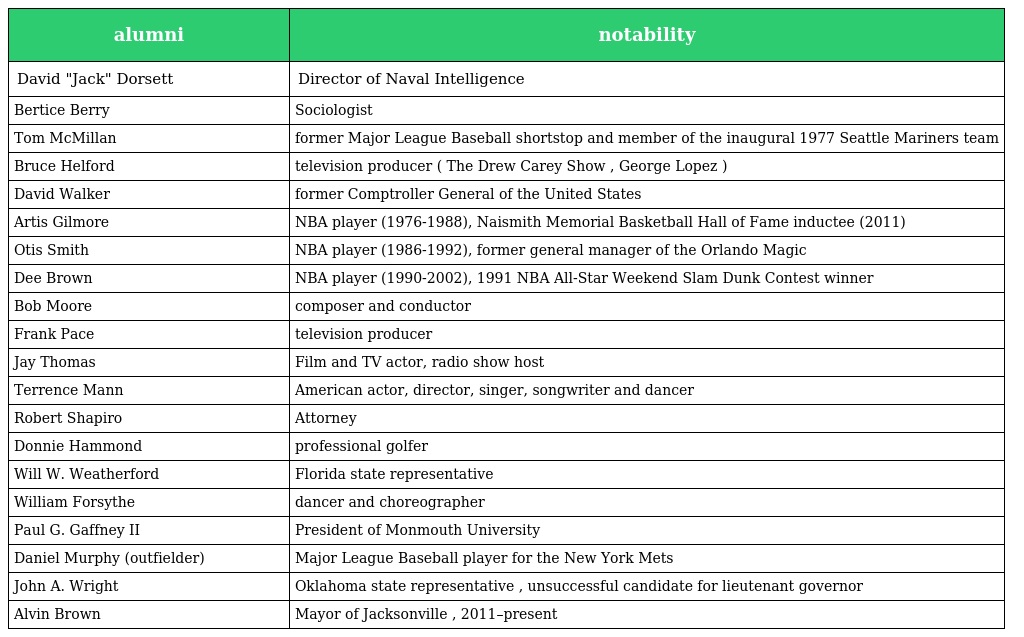
| alumni | notability |
 | --- | --- |
 | David "Jack" Dorsett | Director of Naval Intelligence |
 | Bertice Berry | Sociologist |
 | Tom McMillan | former Major League Baseball shortstop and member of the inaugural 1977 Seattle Mariners team |
 | Bruce Helford | television producer ( The Drew Carey Show , George Lopez ) |
 | David Walker | former Comptroller General of the United States |
 | Artis Gilmore | NBA player (1976-1988), Naismith Memorial Basketball Hall of Fame inductee (2011) |
 | Otis Smith | NBA player (1986-1992), former general manager of the Orlando Magic |
 | Dee Brown | NBA player (1990-2002), 1991 NBA All-Star Weekend Slam Dunk Contest winner |
 | Bob Moore | composer and conductor |
 | Frank Pace | television producer |
 | Jay Thomas | Film and TV actor, radio show host |
 | Terrence Mann | American actor, director, singer, songwriter and dancer |
 | Robert Shapiro | Attorney |
 | Donnie Hammond | professional golfer |
 | Will W. Weatherford | Florida state representative |
 | William Forsythe | dancer and choreographer |
 | Paul G. Gaffney II | President of Monmouth University |
 | Daniel Murphy (outfielder) | Major League Baseball player for the New York Mets |
 | John A. Wright | Oklahoma state representative , unsuccessful candidate for lieutenant governor |
 | Alvin Brown | Mayor of Jacksonville , 2011–present |